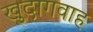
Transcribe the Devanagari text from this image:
खुदागवाह